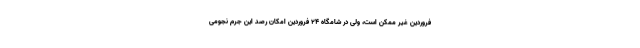
فروردین غیر ممکن است، ولی در شامگاه ۲۴ فروردین امکان رصد این جرم نجومی